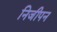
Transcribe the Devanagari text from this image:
निजीपन